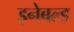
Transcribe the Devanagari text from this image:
इनेबल्ड